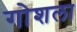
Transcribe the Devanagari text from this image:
गोशला